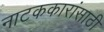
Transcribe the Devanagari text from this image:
नाटककारांसाठी